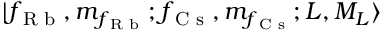
| f _ { \textrm { R b } } , m _ { f _ { \textrm { R b } } } ; f _ { \textrm { C s } } , m _ { f _ { \textrm { C s } } } ; L , M _ { L } \rangle